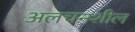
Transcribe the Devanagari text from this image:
अलचनशील